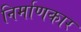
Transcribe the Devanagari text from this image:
निर्माणकार